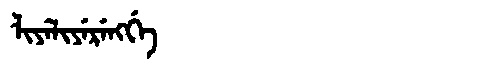
Manchu: ᠯᡳᠶᡝᠯᡳᠶᡝᡵᡝᠩᡤᡝ
Romanization: LIYELIYERENGGE